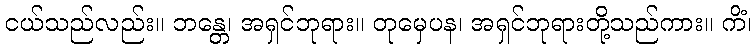
ငယ်သည်လည်း။ ဘန္တေ၊ အရှင်ဘုရား။ တုမှေပန၊ အရှင်ဘုရားတို့သည်ကား။ ကိံ၊